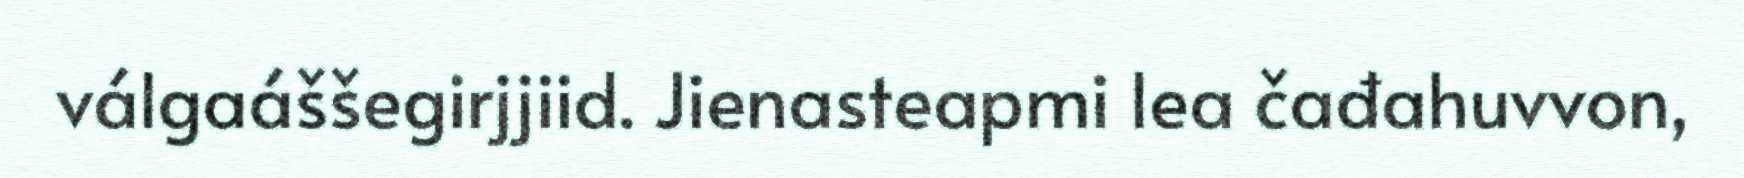
válgaáššegirjjiid. Jienasteapmi lea čađahuvvon,